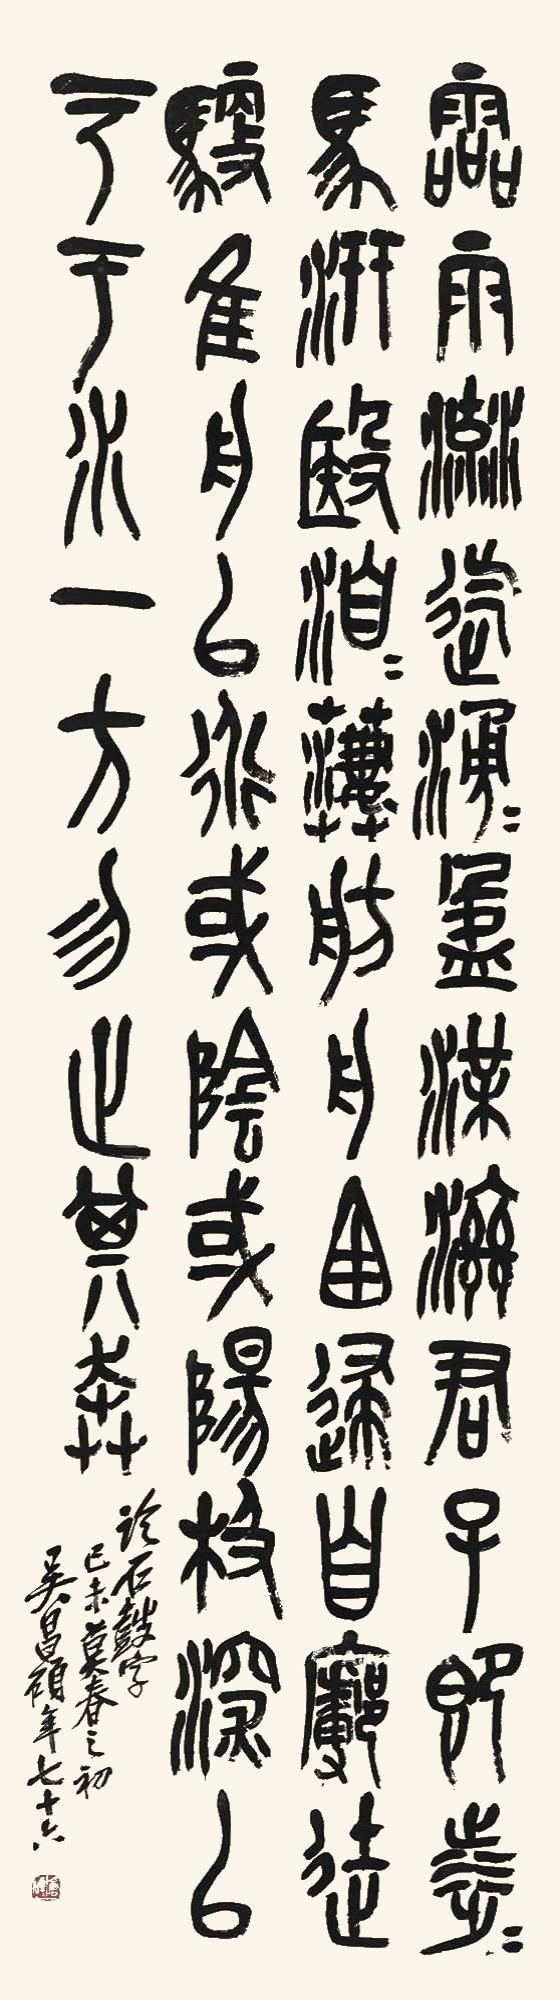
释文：灵雨。流迄滂滂，盈渫滋。君子既涉，涉马。汧殹洎洎，萋萋。舫舟西逮，自□徒驭，隹舟以行。或阴或阳，极深以□。于水一方，勿止其奔。临石鼓字，己未暮春之初，吴昌硕年七十。